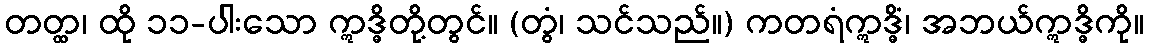
တတ္ထ၊ ထို ၁၁-ပါးသော ဣဒ္ဓိတို့တွင်။ (တွံ၊ သင်သည်။) ကတရံဣဒ္ဓိံ၊ အဘယ်ဣဒ္ဓိကို။